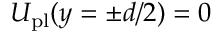
U _ { \mathrm { p l } } ( y = \pm d / 2 ) = 0